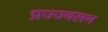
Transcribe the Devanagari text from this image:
प्रज्ज्वलन